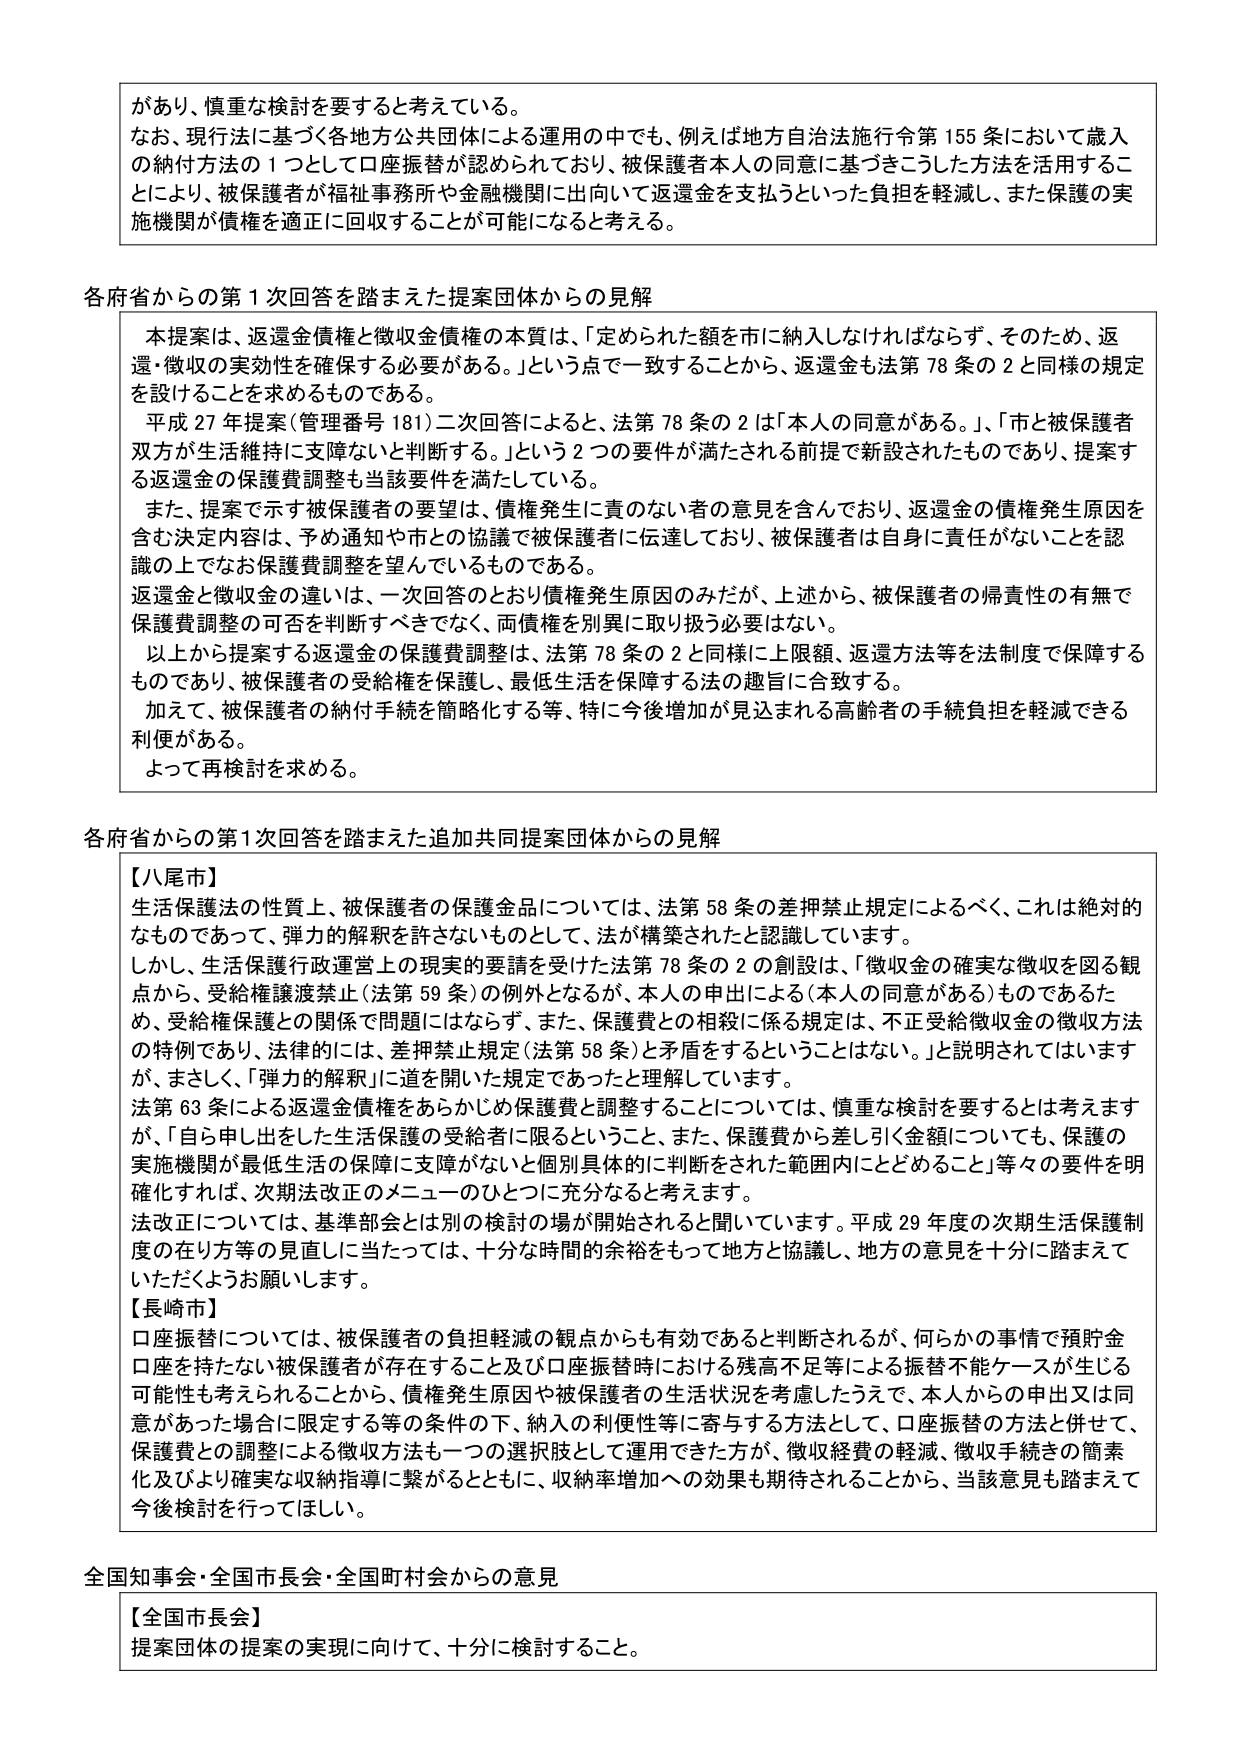
があり、慎重な検討を要すると考えている。
なお、現行法に基づく各地方公共団体による運用の中でも、例えば地方自治法施行令第155条において歳入の納付方法の1つとして口座振替が認められており、被保護者本人の同意に基づきこうした方法を活用することにより、被保護者が福祉事務所や金融機関に出向いて返還金を支払うといった負担を軽減し、また保護の実施機関が債権を適正に回収することが可能になると考える。

各府省からの第1次回答を踏まえた提案団体からの見解
本提案は、返還金債権と徴収金債権の本質は、「定められた額を市に納入しなければならず、そのため、返還・徴収の実効性を確保する必要がある。」という点で一致することから、返還金も法第78条の2と同様の規定を設けることを求めるものである。
平成27年提案（管理番号181）二次回答によると、法第78条の2は「本人の同意がある。」「市と被保護者双方が生活維持に支障ないと判断する。」という2つの要件が満たされる前提で新設されたものであり、提案する返還金の保護費調整も当該要件を満たしている。
また、提案で示す被保護者の要望は、債権発生に責のない者の意見を含んでおり、返還金の債権発生原因を含む決定内容は、予め通知や市との協議で被保護者に伝達しており、被保護者は自身に責任がないことを認識の上でなお保護費調整を望んでいるものである。
返還金と徴収金の違いは、一次回答のとおり債権発生原因のみだが、上述から、被保護者の帰責性の有無で保護費調整の可否を判断すべきではなく、両債権を別異に取り扱う必要はない。
以上から提案する返還金の保護費調整は、法第78条の2と同様に上限額、返還方法等を法制度で保障するものであり、被保護者の受給権を保護し、最低生活を保障する法の趣旨に合致する。
加えて、被保護者の納付手続を簡略化する等、特に今後増加が見込まれる高齢者の手続負担を軽減できる利便がある。
よって再検討を求める。

各府省からの第1次回答を踏まえた追加共同提案団体からの見解
【八尾市】
生活保護法の性質上、被保護者の保護金品については、法第58条の差押禁止規定によるべく、これは絶対的なものであって、弾力的解釈を許さないものとして、法が構築されたと認識しています。
しかし、生活保護行政運営上の現実的要請を受けた法第78条の2の創設は、「徴収金の確実な徴収を図る観点から、受給権譲渡禁止（法第59条）の例外となるが、本人の申出による（本人の同意がある）ものであるため、受給権保護との関係で問題はなさず、また、保護費との相殺に係る規定は、不正受給徴収金の徴収方法の特例であり、法律的には、差押禁止規定（法第58条）と矛盾をするということはない。」と説明されてはいますが、まさしく、「弾力的解釈」に道を開いた規定であったと理解しています。
法第63条による返還金債権をあらかじめ保護費と調整することについては、慎重な検討を要するとは考えますが、「自ら申し出をした生活保護の受給者に限るということ、また、保護費から差し引く金額についても、保護の実施機関が最低生活の保障に支障がないと個別具体的に判断をされた範囲内にとどめること」等々の要件を明確化すれば、次期法改正のメニューのひとつに充分なると考えます。
法改正については、基準部会とは別の検討の場が開始されると聞いています。平成29年度の次期生活保護制度の在り方等の見直しに当たっては、十分な時間的余裕をもって地方と協議し、地方の意見を十分に踏まえていただきたくお願いします。
【長崎市】
口座振替については、被保護者の負担軽減の観点からも有効であると判断されるが、何かの事情で預貯金口座を持たない被保護者が存在すること及び口座振替時における残高不足等による振替不能ケースが生じる可能性も考えられることから、債権発生原因や被保護者の生活状況を考慮したうえで、本人からの申出又は同意があった場合に限定する等の条件の下、納入の利便性等に寄与する方法として、口座振替の方法と併せて、保護費との調整による徴収方法も一つの選択肢として運用できた方が、徴収経費の軽減、徴収手続きの簡素化及びより確実な収納指導に繋がるとともに、収納率増加への効果も期待されることから、当該意見も踏まえて今後検討を行ってほしい。

全国知事会・全国市長会・全国町村会からの意見
【全国市長会】
提案団体の提案の実現に向けて、十分に検討すること。